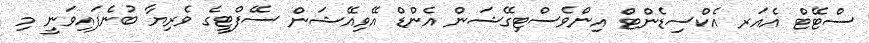
ސްޓޭޓް އެއަރ އެކްސިޑެންޓް އިންވެސްޓިގޭޝަން އެންޑް އޭވިއޭޝަން ސޭފްޓީގެ ވެރިޔާ ބުނެފައިވަނީ މި